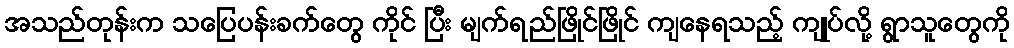
အသည်တုန်းက သပြေပန်းခက်တွေ ကိုင် ပြီး မျက်ရည်ဖြိုင်ဖြိုင် ကျနေရသည့် ကျုပ်လို့ ရွာသူတွေကို